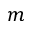
m